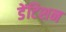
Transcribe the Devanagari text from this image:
डेंटिशन